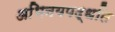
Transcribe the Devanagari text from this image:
अभिनयपद्धति